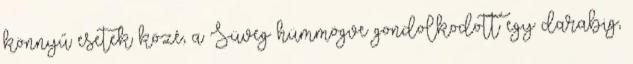
könnyű esetek közé, a Süveg hümmögve gondolkodott egy darabig,